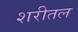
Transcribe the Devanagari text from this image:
शरीतल